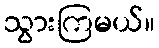
သွားကြမယ်။